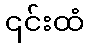
၎င်းထံ